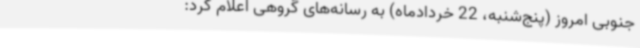
جنوبی امروز (پنج‌شنبه، 22 خردادماه) به رسانه‌های گروهی اعلام کرد: